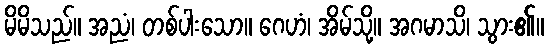
မိမိသည်။ အညံ၊ တစ်ပါးသော။ ဂေဟံ၊ အိမ်သို့။ အဂမာသိ၊ သွား၏။